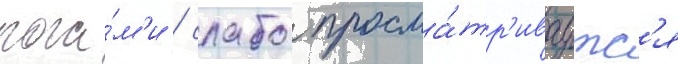
рога́м'и / слабо просма́тр'иваутс'я